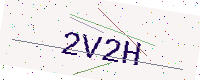
Text: 2V2H